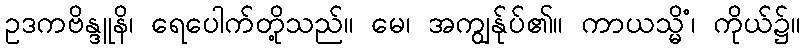
ဥဒကဗိန္ဒူနိ၊ ရေပေါက်တို့သည်။ မေ၊ အကျွန်ုပ်၏။ ကာယသ္မိံ၊ ကိုယ်၌။